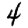
Digit: 4